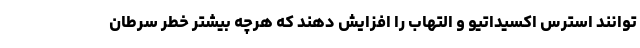
توانند استرس اکسیداتیو و التهاب را افزایش دهند که هرچه بیشتر خطر سرطان